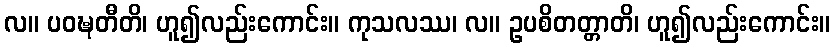
လ။ ပဝဍ္ဎတီတိ၊ ဟူ၍လည်းကောင်း။ ကုသလဿ၊ လ။ ဥပစိတတ္တာတိ၊ ဟူ၍လည်းကောင်း။